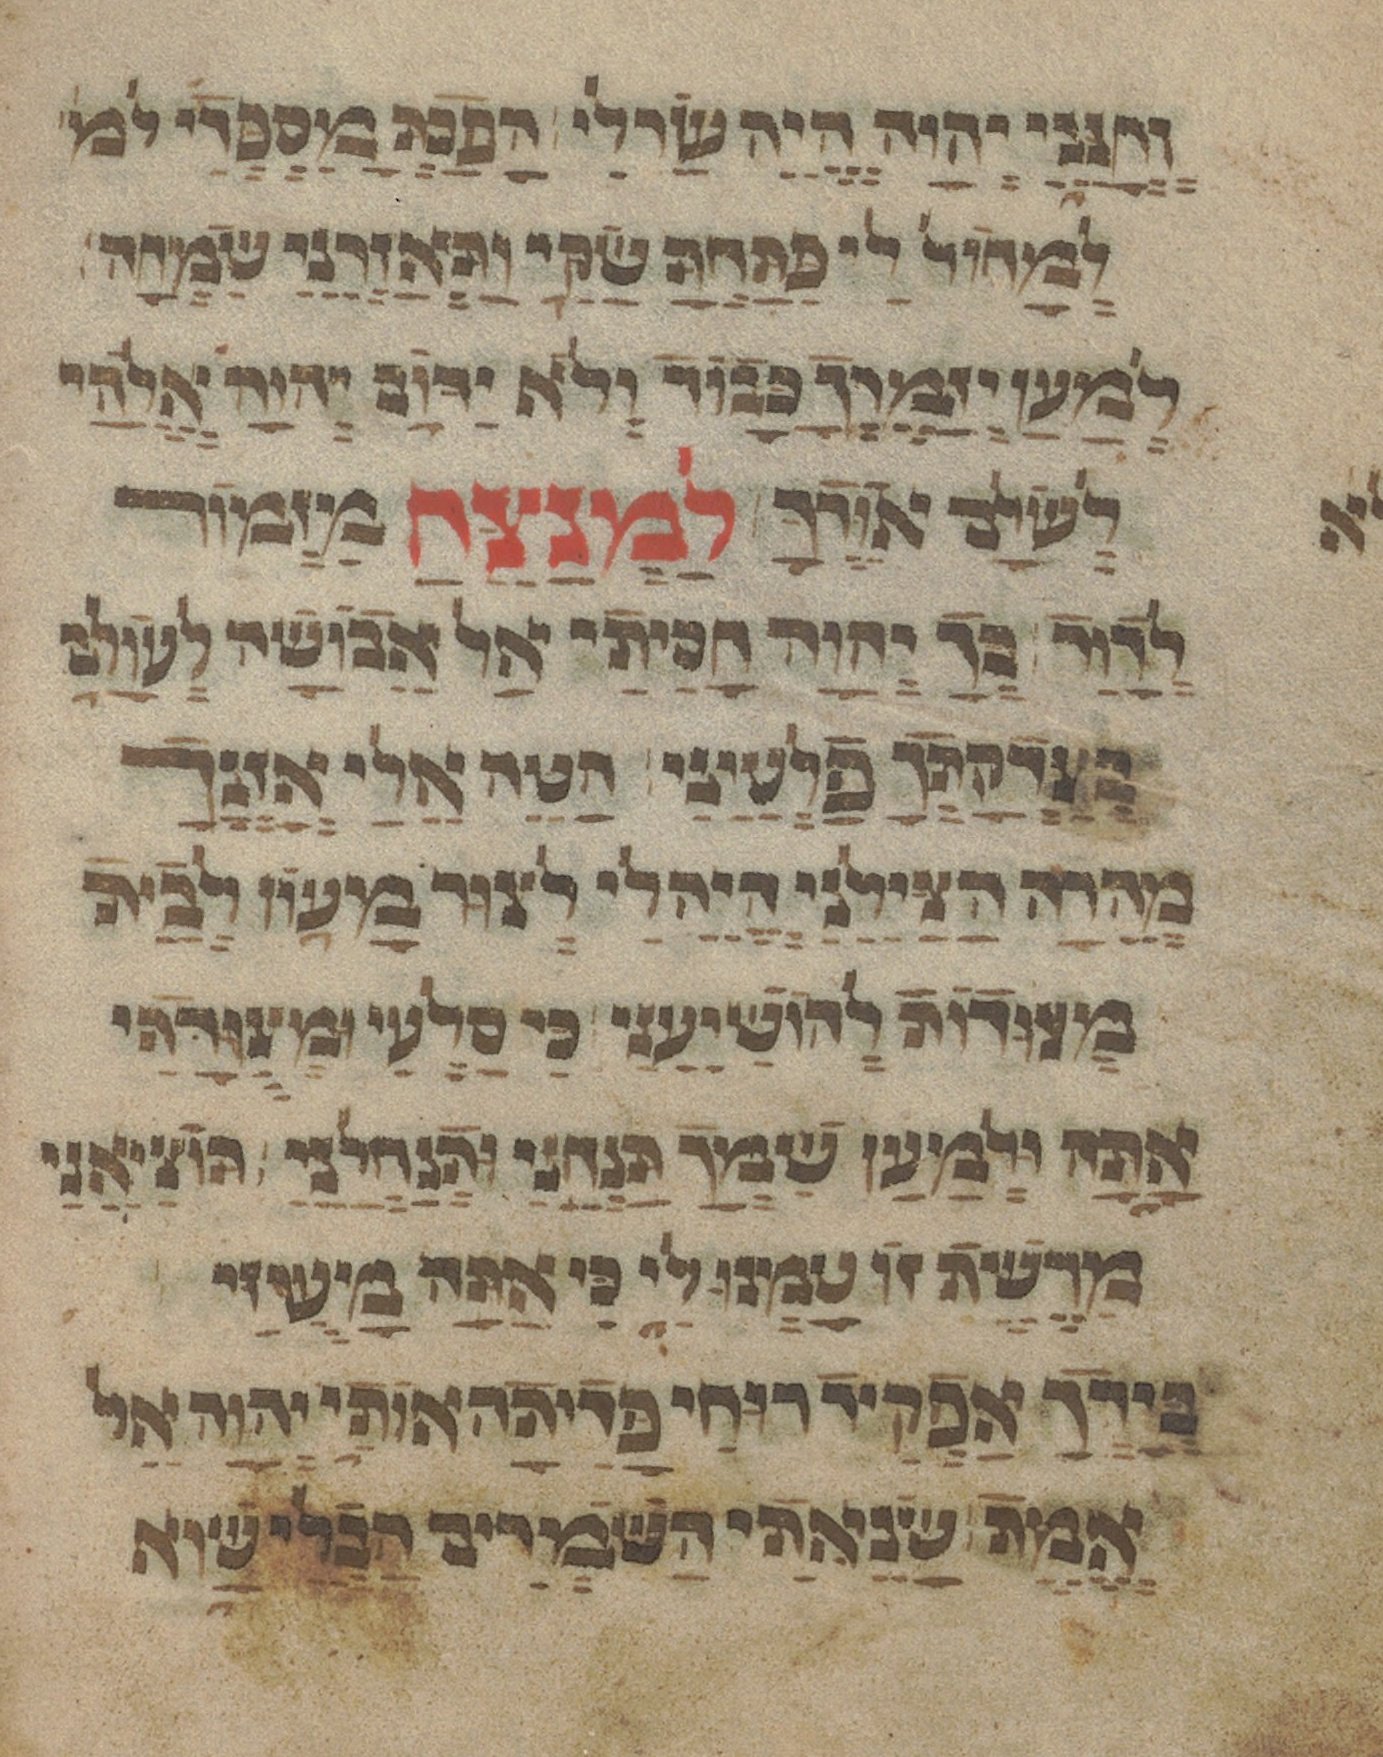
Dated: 1433–1433